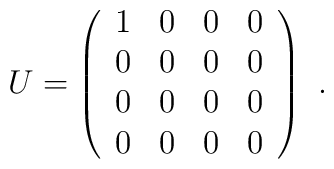
U = \left( \begin{array}{cccc}    1 & 0 & 0 & 0 \\                                     0 & 0 & 0 & 0 \\                                     0 & 0 & 0 & 0 \\                                     0 & 0 & 0 & 0           \end{array} \right)~.